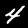
Label: 4